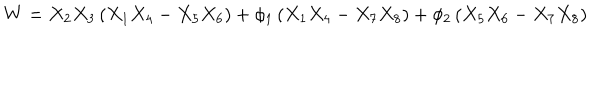
LaTeX: W = X _ { 2 } X _ { 3 } \left( X _ { 1 } X _ { 4 } - X _ { 5 } X _ { 6 } \right) + \phi _ { 1 } \left( X _ { 1 } X _ { 4 } - X _ { 7 } X _ { 8 } \right) + \phi _ { 2 } \left( X _ { 5 } X _ { 6 } - X _ { 7 } X _ { 8 } \right)